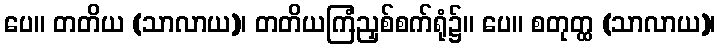
ပေ။ တတိယ (သာလာယ)၊ တတိယကြံညှစ်စက်ရုံ၌။ ပေ။ စတုတ္ထ (သာလာယ)၊